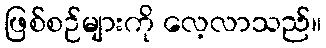
ဖြစ်စဉ်များကို လေ့လာသည်။